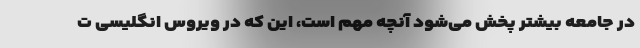
در جامعه بیشتر پخش می‌شود آنچه مهم است، این که در ویروس انگلیسی ت